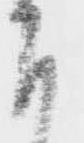
下